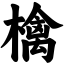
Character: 檎